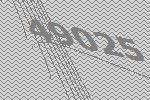
49025